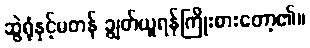
ဆွဲရုံနှင့်မတန် ချွတ်ယူရန်ကြိုးစားတော့၏။